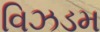
વિઝડમ